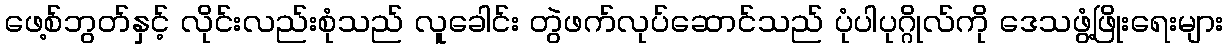
ဖေ့စ်ဘွတ်နှင့် လိုင်းလည်းစုံသည် လူခေါင်း တွဲဖက်လုပ်ဆောင်သည် ပုံပါပုဂ္ဂိုလ်ကို ဒေသဖွံ့ဖြိုးရေးများ